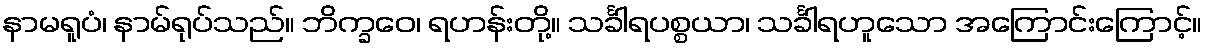
နာမရူပံ၊ နာမ်ရုပ်သည်။ ဘိက္ခဝေ၊ ရဟန်းတို့။ သင်္ခါရပစ္စယာ၊ သင်္ခါရဟူသော အကြောင်းကြောင့်။